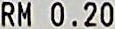
RM 0.20